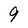
Character: 9